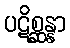
ပဋိစ္ဆန္နာ